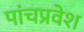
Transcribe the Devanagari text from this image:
पांचप्रवेश